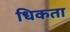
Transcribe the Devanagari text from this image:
धिकता